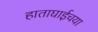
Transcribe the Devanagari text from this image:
हाताघाईचया